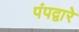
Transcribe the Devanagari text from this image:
पंपद्वारे